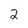
Character: 2